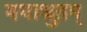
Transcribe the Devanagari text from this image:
यथाश्रुतम्